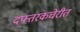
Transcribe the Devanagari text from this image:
दफ्तरकचेरीत